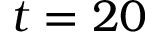
t = 2 0